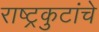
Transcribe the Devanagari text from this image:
राष्ट्रकुटांचे